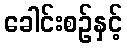
ခေါင်းစဉ်နှင့်